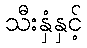
သီးနှံနှင့်